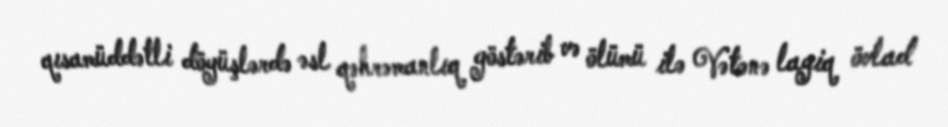
qısamüddətli döyüşlərdə əsl qəhrəmanlıq göstərib və ölümü ilə Vətənə layiq övlad